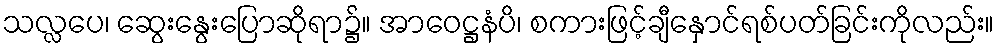
သလ္လပေ၊ ဆွေးနွေးပြောဆိုရာ၌။ အာဝေဋ္ဌနံပိ၊ စကားဖြင့်ချီနှောင်ရစ်ပတ်ခြင်းကိုလည်း။